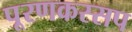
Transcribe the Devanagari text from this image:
पूरणकस्सप